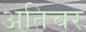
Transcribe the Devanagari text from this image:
अतिचर